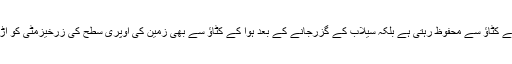
جس سے زمین نہ صرف سیلابی پانی کے کٹاؤ سے محفوظ رہتی ہے بلکہ سیلاب کے گزرجانے کے بعد ہوا کے کٹاؤ سے بھی زمین کی اوپری سطح کی زرخیزمٹی کو اڑاکر دورچلے جانے سے روک لیتی ہے۔